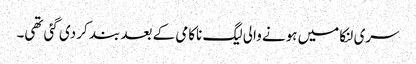
سری لنکا میں ہونے والی لیگ ناکامی کے بعد بند کر دی گئی تھی۔